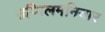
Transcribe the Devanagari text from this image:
उप्पिलमनियार